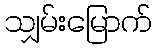
သျှမ်းမြောက်